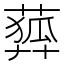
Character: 𦻨